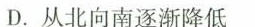
D.从北向南逐渐降低